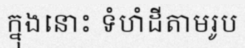
ក្នុងនោះ ទំហំដីតាមរូប